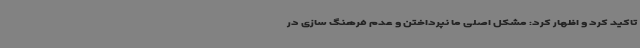
تاکید کرد و اظهار کرد: مشکل اصلی ما نپرداختن و عدم فرهنگ سازی در